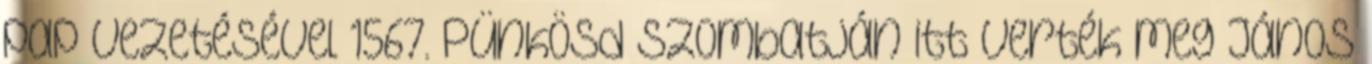
pap vezetésével 1567. Pünkösd szombatján itt verték meg János